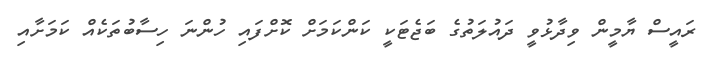
ރައީސް ޔާމީން ވިދާޅުވީ ދައުލަތުގެ ބަޖެޓަކީ ކަންކަމަށް ކޮށްފައި ހުންނަ ހިސާބުތަކެއް ކަމަށާއި